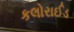
કલોરાઈડ